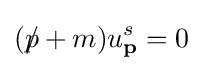
(p\!\!\!/+m)u_{\textbf {p}}^{s}=0